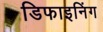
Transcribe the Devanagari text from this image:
डिफाइनिंग